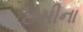
ઇસીના